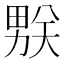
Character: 𰣌